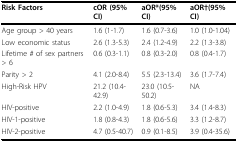
| Risk Factors | cOR (95% CI) | aOR*(95% CI) | aOR†(95% CI) |
 | --- | --- | --- | --- |
 | Age group > 40 years | 1.6 (1-1.7) | 1.6 (0.7-3.6) | 1.0 (1.0-1.04) |
 | Low economic status | 2.6 (1.3-5.3) | 2.4 (1.2-4.9) | 2.2 (1.3-3.8) |
 | Lifetime # of sex partners > 6 | 0.6 (0.3-1.1) | 0.8 (0.3-2.0) | 0.8 (0.4-1.7) |
 | Parity > 2 | 4.1 (2.0-8.4) | 5.5 (2.3-13.4) | 3.6 (1.7-7.4) |
 | High-Risk HPV | 21.2 (10.4-42.9) | 23.0 (10.5-50.2) | NA |
 | HIV-positive | 2.2 (1.0-4.9) | 1.8 (0.6-5.3) | 3.4 (1.4-8.3) |
 | HIV-1-positive | 1.8 (0.8-4.3) | 1.8 (0.6-5.6) | 3.3 (1.2-8.7) |
 | HIV-2-positive | 4.7 (0.5-40.7) | 0.9 (0.1-8.5) | 3.9 (0.4-35.6) |